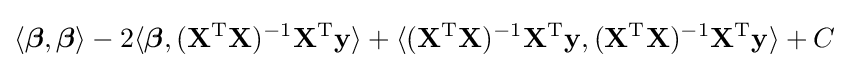
\langle {\boldsymbol {\beta }},{\boldsymbol {\beta }}\rangle -2\langle {\boldsymbol {\beta }},(\mathbf {X} ^{\rm {T}}\mathbf {X} )^{-1}\mathbf {X} ^{\rm {T}}\mathbf {y} \rangle +\langle (\mathbf {X} ^{\rm {T}}\mathbf {X} )^{-1}\mathbf {X} ^{\rm {T}}\mathbf {y} ,(\mathbf {X} ^{\rm {T}}\mathbf {X} )^{-1}\mathbf {X} ^{\rm {T}}\mathbf {y} \rangle +C